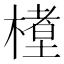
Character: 𬄊